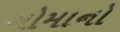
ગોમાનો